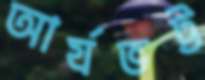
আর্যভট্ট